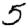
Digit: 5